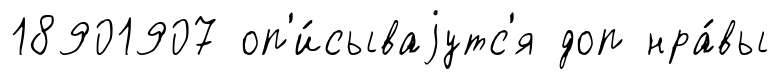
18901907 оп'и́сываjутс'я доп нра́вы